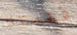
فهمتك